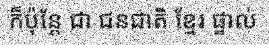
ក៏ប៉ុន្តែ ជា ជនជាតិ ខ្មែរ ផ្ទាល់